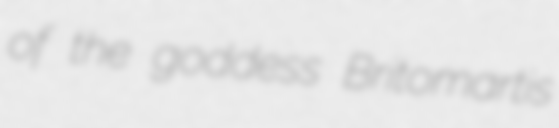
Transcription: of the goddess Britomartis